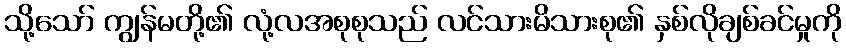
သို့သော် ကျွန်မတို့၏ လုံ့လအစုစုသည် လင်သားမိသားစု၏ နှစ်လိုချစ်ခင်မှုကို